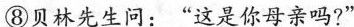
⑧贝林先生问：“这是你母亲吗?”